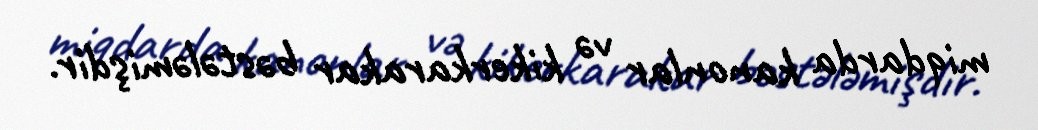
miqdarda kanonlar və kikerkarakar bəstələmişdir.